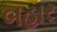
બહાર